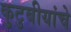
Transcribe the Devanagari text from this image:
कुटुबीयांचे